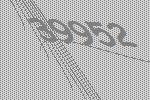
39952